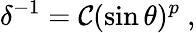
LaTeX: \delta^{-1}=\mathcal{C}(\sin\theta)^{p}\ ,